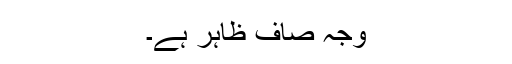
وجہ صاف ظاہر ہے۔